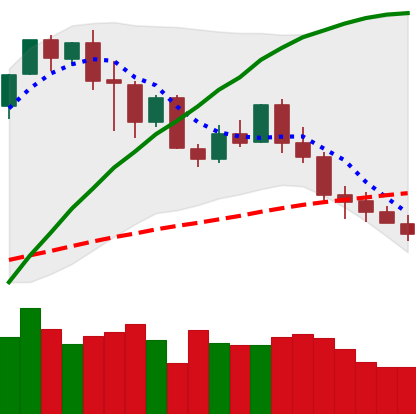
Ticker: XMR-USD
Chart end date: 2020-03-01
Forward return: 6.459%
Label: up_5_7